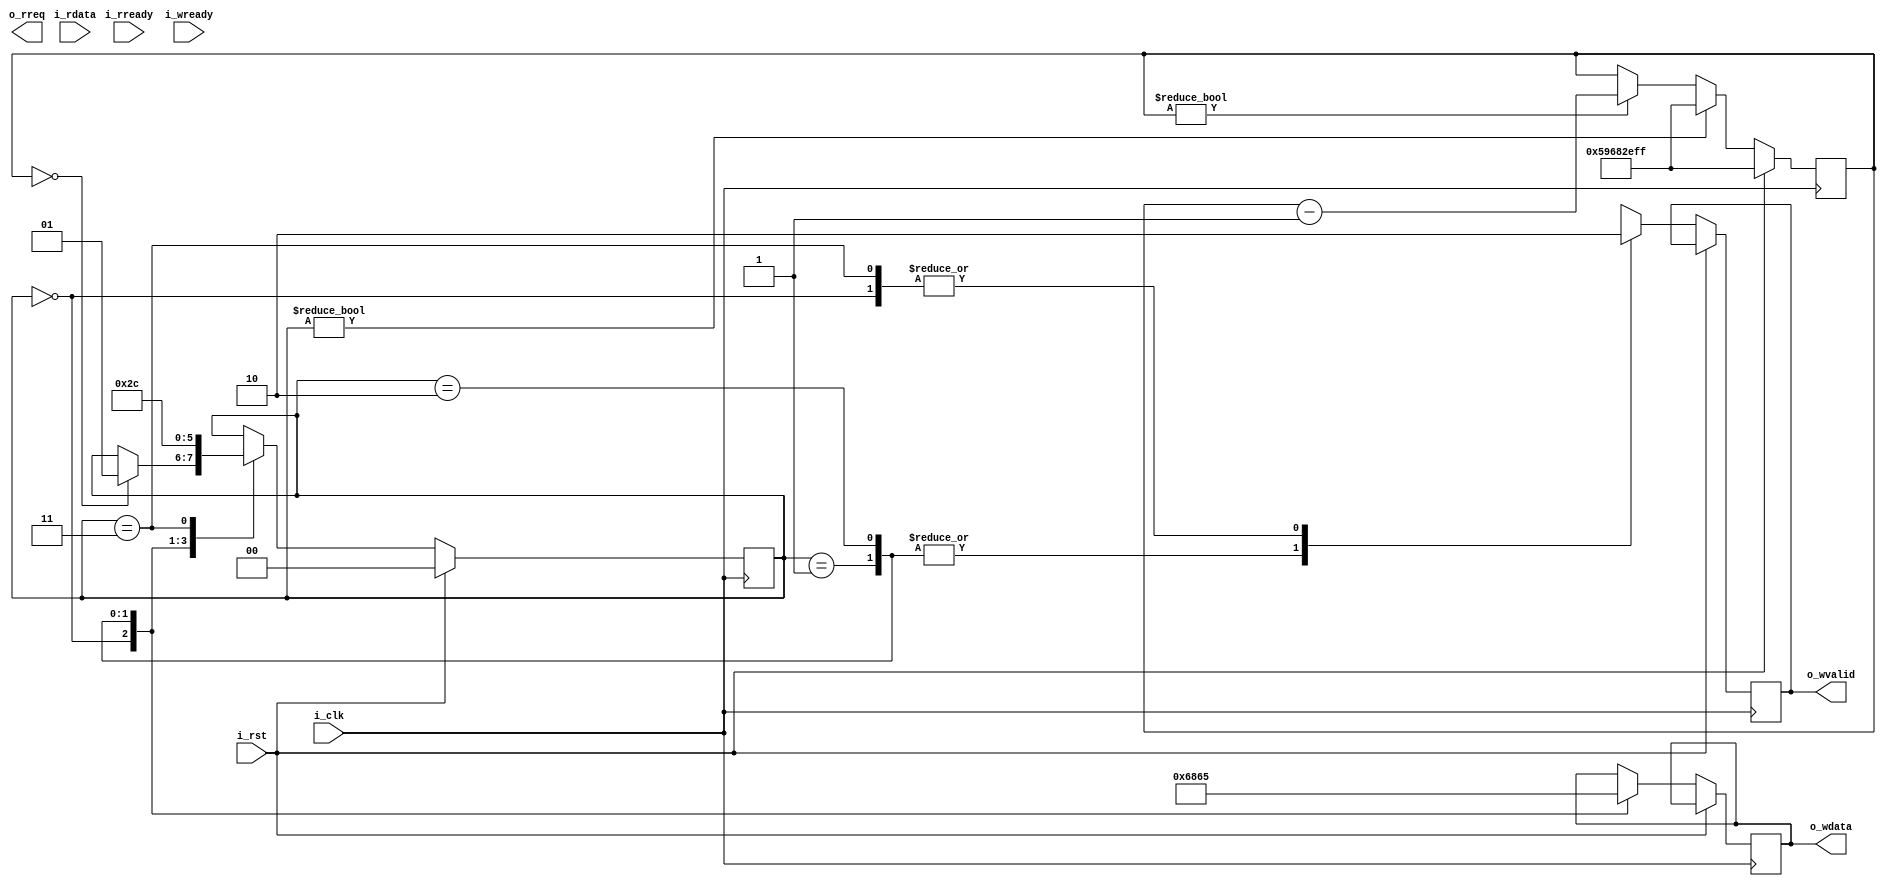
`timescale 1ns/1ns

module debug_port(
  //  sys
  input           i_clk,      i_rst,
  //  uart rx
  input   [7:0]   i_rdata,
  input           i_rready,
  output          o_rreq,
  //  uart tx
  input           i_wready,
  output  [7:0]   o_wdata,
  output          o_wvalid
);

localparam  _START_BYTE = 8'h68;
localparam  _WATCHDOG   = 8'h65;
`ifdef SIMULATION
localparam  _TIME_30s   = 32'h00000fff;
`else
localparam  _TIME_30s   = 32'h59682eff;
`endif

reg   [1:0] state       = 0;
localparam  IDLE        = 0;
localparam  START       = 1;
localparam  CODE        = 2;
localparam  DONE        = 3;

//  ctrl
reg   [31:0]  watchdog  = 0;
//  comm
reg   [7:0]   wdata     = 0;
reg           wvalid    = 0;

always @(posedge i_clk) begin
  if (i_rst) begin
    state     <= 0;
    watchdog  <= _TIME_30s;
  end
  else begin
    if (state != IDLE)
      watchdog <= _TIME_30s;
    else if (watchdog != 0)
      watchdog <= watchdog - 1;
    case (state)
      IDLE: begin
        wdata  <= 0;
        wvalid <= 0;
        if (watchdog == 0) begin
          state <=  START;
        end
      end
      START: begin
        wvalid <= 1;
        wdata  <= _START_BYTE;
        state  <= CODE;
      end
      CODE: begin
        wvalid <= 1;
        wdata  <= _WATCHDOG;
        state  <= DONE;
      end
      DONE: begin
        wvalid  <= 0;
        state <= IDLE;
      end
    endcase
  end
end

assign      o_wdata   = wdata;
assign      o_wvalid  = wvalid;

endmodule